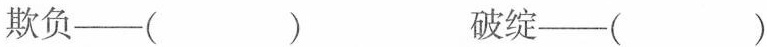
欺负—( ) 破绽—( )